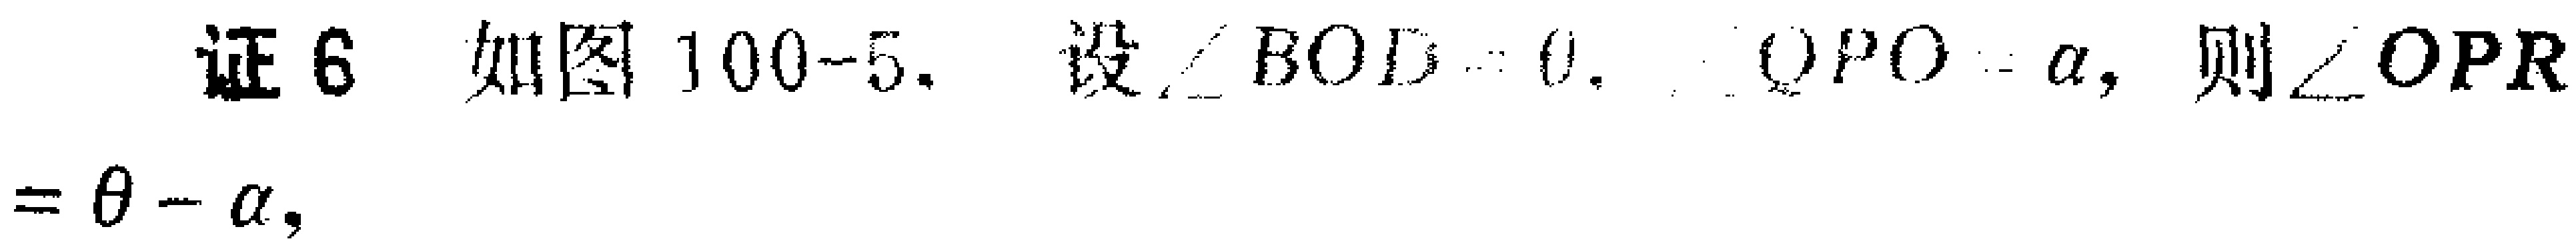
证6 如图100-5. 设$\angle BOD = \theta$, $\angle QPO=\alpha$, 则$\angle OPR=\theta - \alpha$,